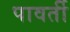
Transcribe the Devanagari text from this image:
पावर्ती